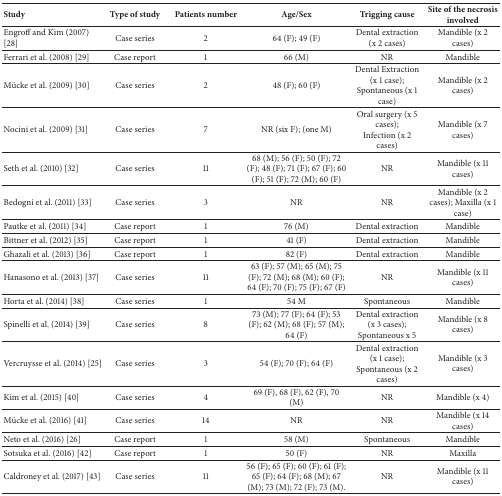
<table><thead><tr><td><b>Study</b></td><td><b>Type of study</b></td><td><b>Patients number</b></td><td><b>Age/Sex</b></td><td><b>Trigging cause</b></td><td><b>Site of the necrosis involved</b></td></tr></thead><tbody><tr><td>Engroff and Kim (2007) [28]</td><td>Case series</td><td>2</td><td>64 (F); 49 (F)</td><td>Dental extraction (x 2 cases)</td><td>Mandible (x 2 cases)</td></tr><tr><td>Ferrari et al. (2008) [29]</td><td>Case report</td><td>1</td><td>66 (M)</td><td>NR</td><td>Mandible</td></tr><tr><td>Mücke et al. (2009) [30]</td><td>Case series</td><td>2</td><td>48 (F); 60 (F)</td><td>Dental Extraction (x 1 case); Spontaneous (x 1 case)</td><td>Mandible (x 2 cases)</td></tr><tr><td>Nocini et al. (2009) [31]</td><td>Case series</td><td>7</td><td>NR (six F); (one M)</td><td>Oral surgery (x 5 cases);Infection (x 2 cases)</td><td>Mandible (x 7 cases)</td></tr><tr><td>Seth et al. (2010) [32]</td><td>Case series</td><td>11</td><td>68 (M); 56 (F); 50 (F); 72 (F); 48 (F); 71 (F); 67 (F); 60 (F); 51 (F); 72 (M); 60 (F)</td><td>NR</td><td>Mandible (x 11 cases)</td></tr><tr><td>Bedogni et al. (2011) [33]</td><td>Case series</td><td>3</td><td>NR</td><td>NR</td><td>Mandible (x 2 cases); Maxilla (x 1 case)</td></tr><tr><td>Pautke et al. (2011) [34]</td><td>Case report</td><td>1</td><td>76 (M)</td><td>Dental extraction</td><td>Mandible</td></tr><tr><td>Bittner et al. (2012) [35]</td><td>Case report</td><td>1</td><td>41 (F)</td><td>Dental extraction</td><td>Mandible</td></tr><tr><td>Ghazali et al. (2013) [36]</td><td>Case report</td><td>1</td><td>82 (F)</td><td>Dental extraction</td><td>Mandible</td></tr><tr><td>Hanasono et al. (2013) [37]</td><td>Case series</td><td>11</td><td>63 (F); 57 (M); 65 (M); 75 (F); 72 (M); 68 (M); 60 (F); 64 (F); 70 (F); 75 (F); 67 (F)</td><td>NR</td><td>Mandible (x 11 cases)</td></tr><tr><td>Horta et al. (2014) [38]</td><td>Case series</td><td>1</td><td>54 M</td><td>Spontaneous</td><td>Mandible</td></tr><tr><td>Spinelli et al. (2014) [39]</td><td>Case series</td><td>8</td><td>73 (M); 77 (F); 64 (F); 53 (F); 62 (M); 68 (F); 57 (M); 64 (F)</td><td>Dental extraction (x 3 cases); Spontaneous x 5</td><td>Mandible (x 8 cases)</td></tr><tr><td>Vercruysse et al. (2014) [25]</td><td>Case series</td><td>3</td><td>54 (F); 70 (F); 64 (F)</td><td>Dental extraction (x 1 case); Spontaneous (x 2 cases)</td><td>Mandible (x 3 cases)</td></tr><tr><td>Kim et al. (2015) [40]</td><td>Case series</td><td>4</td><td>69 (F), 68 (F), 62 (F), 70 (M)</td><td>NR</td><td>Mandible (x 4)</td></tr><tr><td>Mücke et al. (2016) [41]</td><td>Case series</td><td>14</td><td>NR</td><td>NR</td><td>Mandible (x 14 cases)</td></tr><tr><td>Neto et al. (2016) [26]</td><td>Case report</td><td>1</td><td>58 (M)</td><td>Spontaneous</td><td>Mandible</td></tr><tr><td>Sotsuka et al. (2016) [42]</td><td>Case report</td><td>1</td><td>50 (F)</td><td>NR</td><td>Maxilla</td></tr><tr><td>Caldroney et al. (2017) [43]</td><td>Case series</td><td>11</td><td>56 (F); 65 (F); 60 (F); 61 (F); 65 (F); 64 (F); 68 (M); 67 (M); 73 (M); 72 (F); 73 (M).</td><td>NR</td><td>Mandible (x 11 cases)</td></tr></tbody></table>